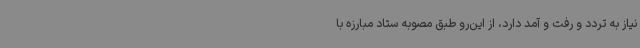
نیاز به تردد و رفت و آمد دارد، از این‌رو طبق مصوبه ستاد مبارزه با